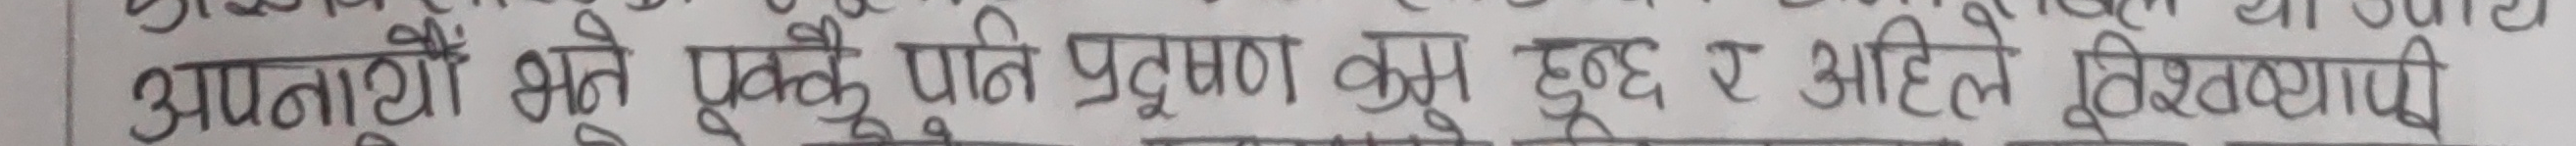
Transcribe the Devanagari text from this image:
अपनायो भने प्रदुषण कम हुन्छ र अहिले विश्‍वव्यापी